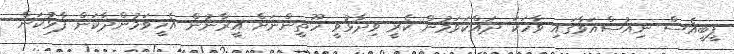
ޕީބީއެސް ނިއުސްއަވާގައި ވާހަކަ ދައްކަވަމުން ކެރީ ވިދާޅުވީ ހޫތީންނަށް އީރާނުން އެހީވަމުންދާކަން ފާޅުކަން